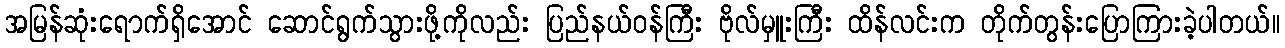
အမြန်ဆုံးရောက်ရှိအောင် ဆောင်ရွက်သွားဖို့ကိုလည်း ပြည်နယ်ဝန်ကြီး ဗိုလ်မှူးကြီး ထိန်လင်းက တိုက်တွန်းပြောကြားခဲ့ပါတယ်။